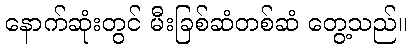
နောက်ဆုံးတွင် မီးခြစ်ဆံတစ်ဆံ တွေ့သည်။